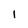
Character: 1